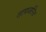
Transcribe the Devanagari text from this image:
तापजनित